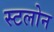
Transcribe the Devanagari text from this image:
स्टलोन